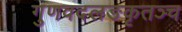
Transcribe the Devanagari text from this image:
गुणवदलङकृतञ्च